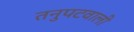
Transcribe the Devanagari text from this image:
तनुपटवाली